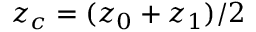
z _ { c } = ( z _ { 0 } + z _ { 1 } ) / 2